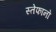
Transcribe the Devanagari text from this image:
स्तेफानो